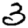
Digit: 3